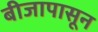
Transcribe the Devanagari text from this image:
बीजापासून